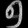
Digit: ၅